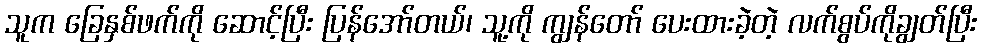
သူက ခြေနှစ်ဖက်ကို ဆောင့်ပြီး ပြန်အော်တယ်၊ သူ့ကို ကျွန်တော် ပေးထားခဲ့တဲ့ လက်စွပ်ကိုချွတ်ပြီး